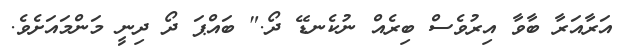
އަރާއަރާ ބާވާ އިރުވެސް ބިރެއް ނުކެނޑޭ ދޯ." ބައްޕަ ދޯ ދިނީ މަންމައަށެވެ.